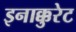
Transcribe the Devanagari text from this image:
इनाक्कुरेट